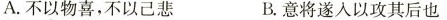
A.不以物喜，不以己悲 B.意将遂入以攻其后也